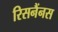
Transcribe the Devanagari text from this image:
रिसनैंनस